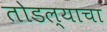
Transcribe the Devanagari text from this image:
तोडल्याचा